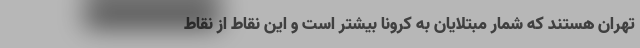
تهران هستند که شمار مبتلایان به کرونا بیشتر است و این نقاط از نقاط